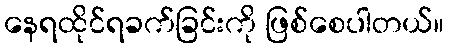
နေရထိုင်ရခက်ခြင်းကို ဖြစ်စေပါတယ်။